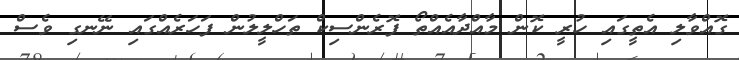
ގޮއްވާލި އެތީގައި ހުރީ ކޮން މާއްދާއެއްތޯ ފޮރެންސިކް ތަހްލީލުން ފަހަރެއްގައި ނޭނގި ވެސް